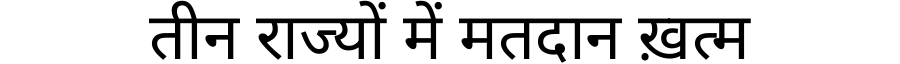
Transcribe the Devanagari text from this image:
तीन राज्यों में मतदान ख़त्म